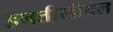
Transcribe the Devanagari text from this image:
इनतीसीबल